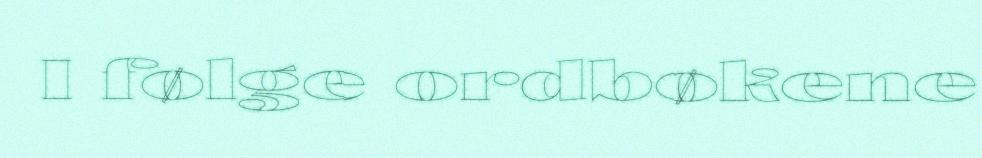
I følge ordbøkene